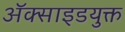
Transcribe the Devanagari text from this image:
अॅक्साइडयुक्त